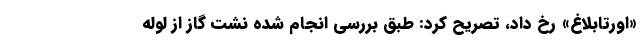
«اورتابلاغ» رخ داد، تصریح کرد: طبق بررسی انجام شده نشت گاز از لوله